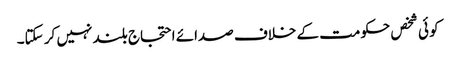
کو ئی شخص حکومت کے خلاف صدائے احتجاج بلند نہیں کر سکتا۔